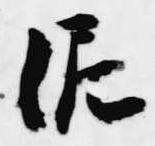
泥